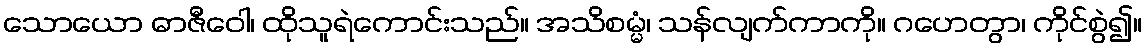
သောယော ဓာဇီဝေါ၊ ထိုသူရဲကောင်းသည်။ အသိစမ္မံ၊ သန်လျက်ကာကို။ ဂဟေတွာ၊ ကိုင်စွဲ၍။